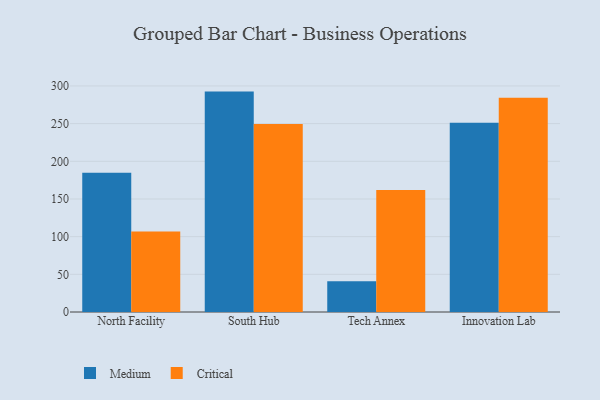
{"axis": {"x": "Campus", "y": "Page Views"}, "legend": ["Critical", "Medium"], "data": [{"x": "North Facility", "y": 184.7, "type": "Medium"}, {"x": "North Facility", "y": 106.8, "type": "Critical"}, {"x": "South Hub", "y": 292.5, "type": "Medium"}, {"x": "South Hub", "y": 249.6, "type": "Critical"}, {"x": "Tech Annex", "y": 40.8, "type": "Medium"}, {"x": "Tech Annex", "y": 162.0, "type": "Critical"}, {"x": "Innovation Lab", "y": 251.2, "type": "Medium"}, {"x": "Innovation Lab", "y": 284.3, "type": "Critical"}]}